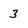
Character: 3